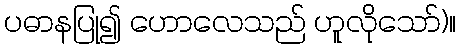
ပဓာနပြု၍ ဟောလေသည် ဟူလိုသော်)။